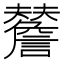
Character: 𧭃